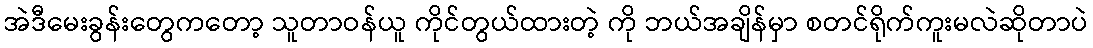
အဲဒီမေးခွန်းတွေကတော့ သူတာဝန်ယူ ကိုင်တွယ်ထားတဲ့ ကို ဘယ်အချိန်မှာ စတင်ရိုက်ကူးမလဲဆိုတာပဲ